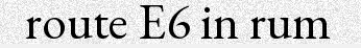
route E6 in rum